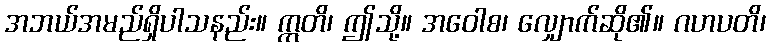
အဘယ်အမည်ရှိပါသနည်း။ ဣတိ၊ ဤသို့။ အဝေါစ၊ လျှောက်ဆို၏။ ဂဟပတိ၊